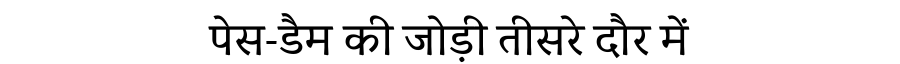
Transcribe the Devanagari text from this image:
पेस-डैम की जोड़ी तीसरे दौर में